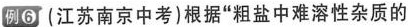
例6 (江苏南京中考)根据”粗盐中难溶性杂质的